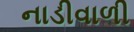
નાડીવાળી